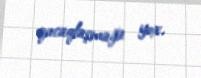
qucaqlaşmağa yox.